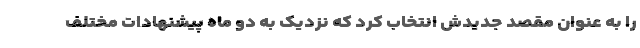
را به عنوان مقصد جدیدش انتخاب کرد که نزدیک به دو ماه پیشنهادات مختلف